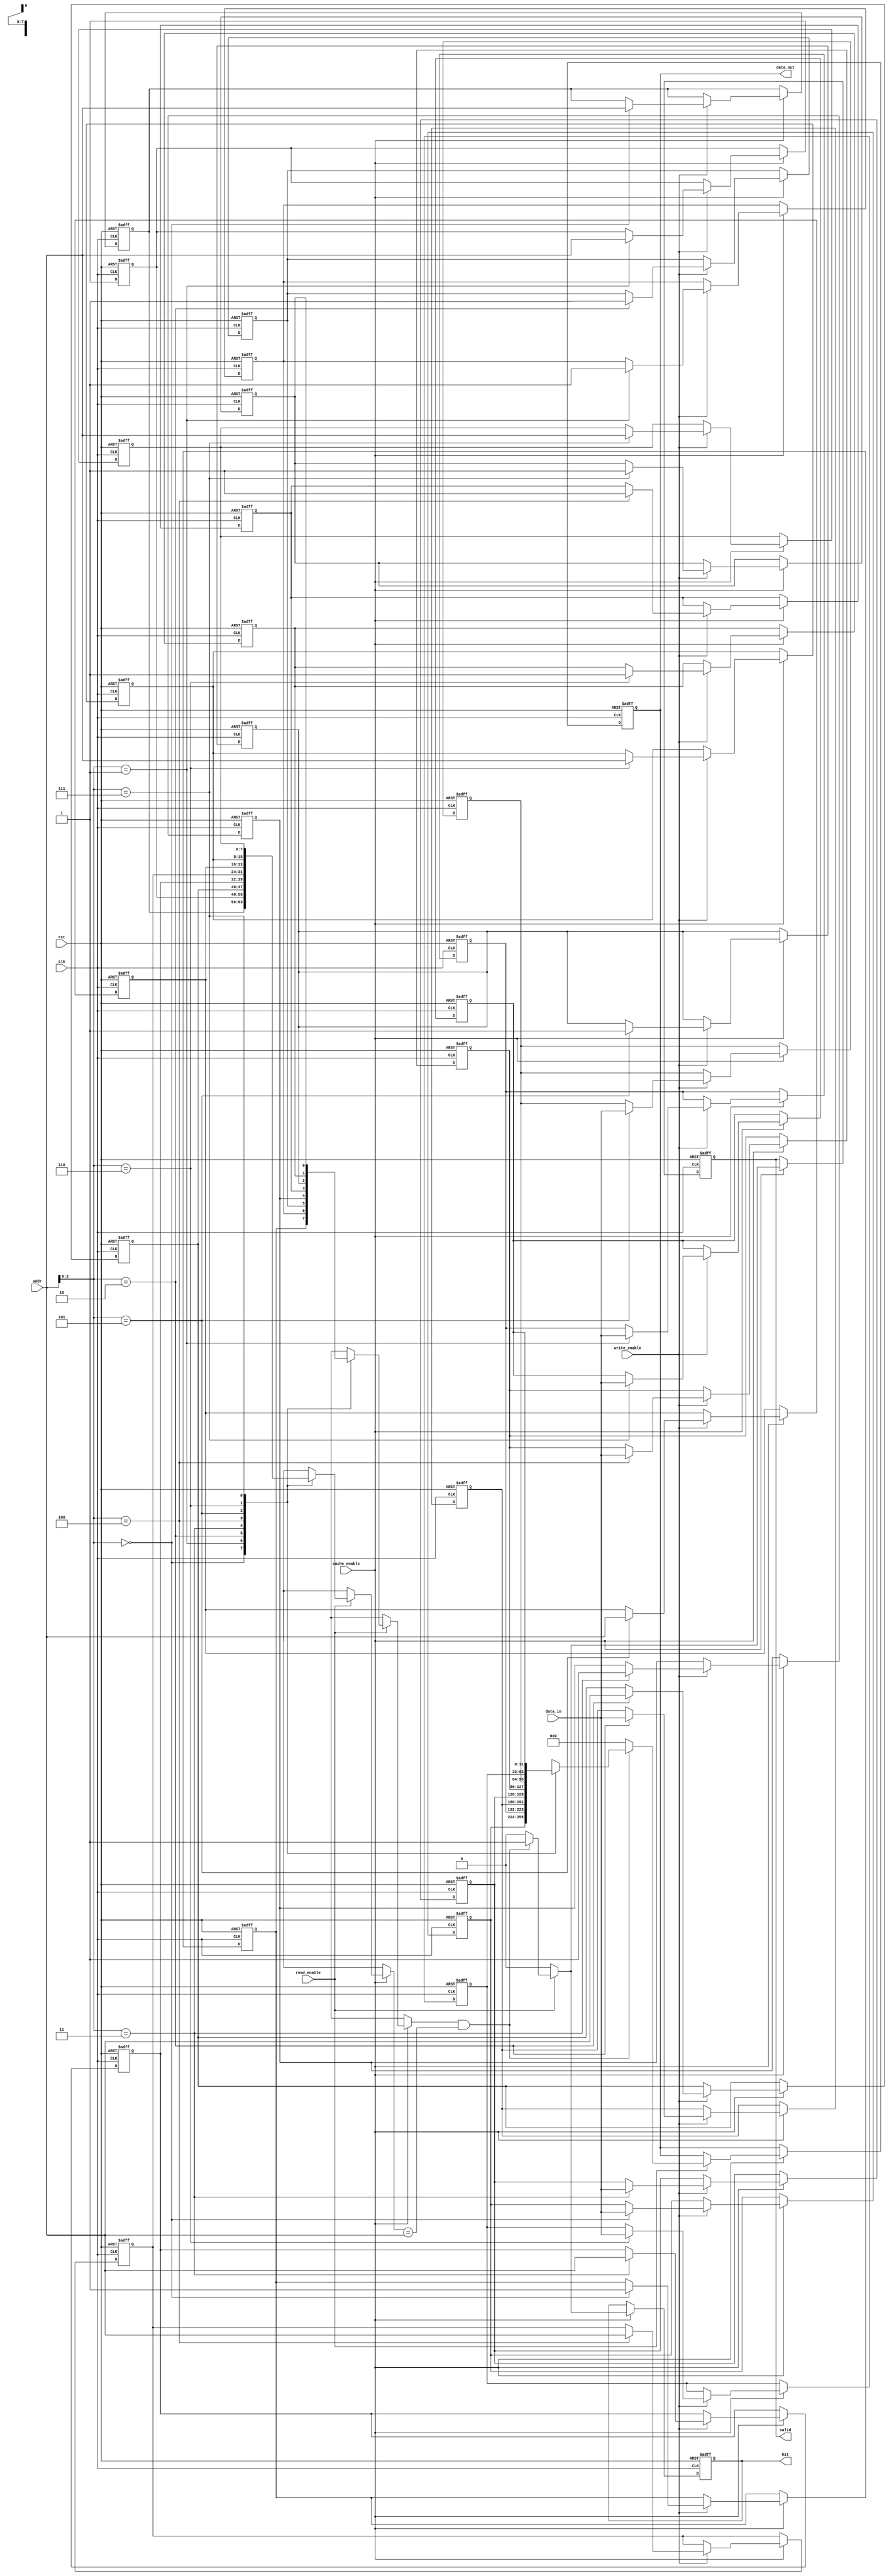
module shared_cache #(
    parameter CACHE_SIZE = 256, // Total cache size in bytes
    parameter LINE_SIZE = 32,    // Cache line size in bytes
    parameter NUM_LINES = CACHE_SIZE / LINE_SIZE, // Number of cache lines
    parameter ADDR_WIDTH = 8,    // Address size (for 256 bytes)
    parameter DATA_WIDTH = 32     // Data width
)(
    input wire clk,
    input wire rst,
    
    // Control signals
    input wire [ADDR_WIDTH-1:0] addr,  // Address for read/write
    input wire [DATA_WIDTH-1:0] data_in, // Data to write
    input wire read_enable,             // Read enable signal
    input wire write_enable,            // Write enable signal
    input wire cache_enable,            // Cache enable signal
    
    // Outputs
    output reg [DATA_WIDTH-1:0] data_out, // Data read from cache
    output reg hit,                     // Hit/miss indicator
    output reg valid                    // Valid data indicator
);

    // Cache line structure
    reg [DATA_WIDTH-1:0] cache_data[0:NUM_LINES-1]; // Data store
    reg [ADDR_WIDTH-1:0] cache_tag[0:NUM_LINES-1];  // Tags for address
    reg valid_bits[0:NUM_LINES-1];                    // Valid bits
    reg dirty_bits[0:NUM_LINES-1];                    // Dirty bits

    // Extracting tag and index from address
    wire [ADDR_WIDTH-1:0] index = addr[ADDR_WIDTH-1:0]; // Direct mapping
    wire [ADDR_WIDTH-1:0] tag = addr[ADDR_WIDTH-1:0];

    integer i;

    // Initial block for cache reset
    initial begin
        for (i = 0; i < NUM_LINES; i = i + 1) begin
            valid_bits[i] = 0;
            dirty_bits[i] = 0;
            cache_data[i] = 0;
            cache_tag[i] = 0;
        end
    end

    always @(posedge clk or posedge rst) begin
        if (rst) begin
            // Reset cache
            for (i = 0; i < NUM_LINES; i = i + 1) begin
                valid_bits[i] <= 0;
                dirty_bits[i] <= 0;
                cache_data[i] <= 0;
                cache_tag[i] <= 0;
            end
            data_out <= 0;
            hit <= 0;
            valid <= 0;
        end else if (cache_enable) begin
            hit <= 0;
            valid <= 0;
            // Cache Read Operation
            if (read_enable) begin
                if (valid_bits[index] && (cache_tag[index] == tag)) begin
                    data_out <= cache_data[index]; // Cache hit
                    hit <= 1;
                    valid <= 1;
                end else begin
                    // Handle cache miss: Fetch from main memory (not implemented here)
                    data_out <= 0; // Placeholder for miss case
                end
            end
            
            // Cache Write Operation
            if (write_enable) begin
                cache_data[index] <= data_in; // Write data to cache
                cache_tag[index] <= tag; // Update tag
                valid_bits[index] <= 1; // Mark as valid
                dirty_bits[index] <= 1; // Mark as dirty
            end
        end
    end
endmodule